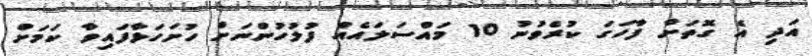
އަދި އެ ގޮތަށް ފާހަގަ ކުރެވުނު 10 މައްސަލައެއް ފުލުހުންނަށް ހުށަހަޅާފައިވާ ކަމަށް